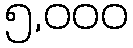
၅,၀၀၀